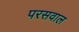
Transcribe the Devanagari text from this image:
परसवाल